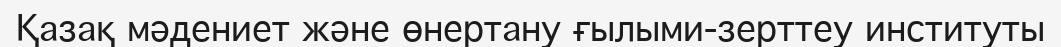
Қазақ мәдениет және өнертану ғылыми-зерттеу институты